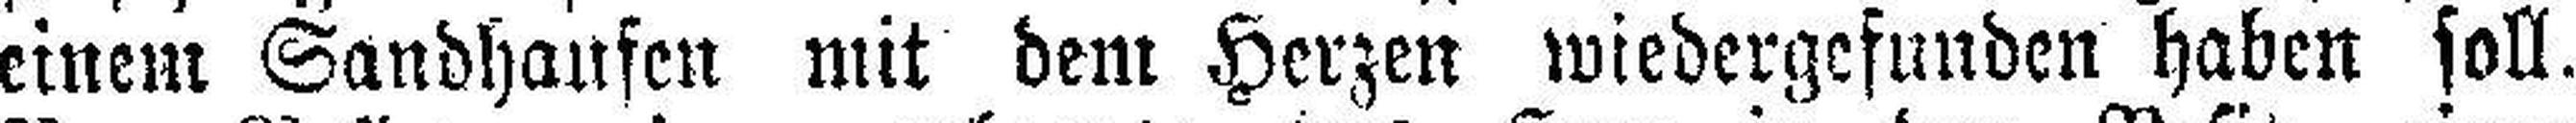
einem Sandhaufen mit dem Herzen wiedergefunden haben soll.